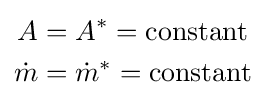
{\begin{aligned}A&=A^{*}={\mbox{constant}}\\{\dot {m}}&={\dot {m}}^{*}={\mbox{constant}}\\\end{aligned}}